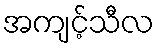
အကျင့်သီလ